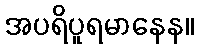
အပရိပူရမာနေန။